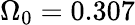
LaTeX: \Omega_{0}=0.307